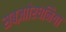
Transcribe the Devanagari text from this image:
सबज़ाोरधनिया